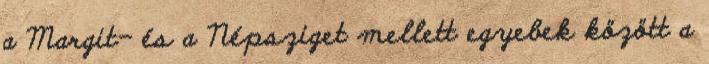
a Margit- és a Népsziget mellett egyebek között a